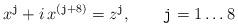
LaTeX: \begin{align*}x^{\tt j}+i\,x^{({\tt j}+8)}=z^{\tt j},\qquad {\tt j}=1\ldots8\end{align*}